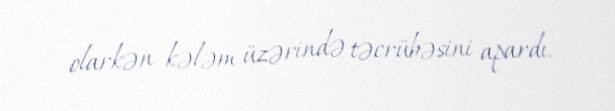
olarkən kələm üzərində təcrübəsini apardı.